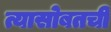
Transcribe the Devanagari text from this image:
त्यासोबतची